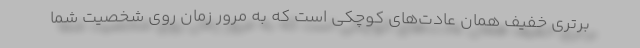
برتری خفیف همان عادت‌های کوچکی است که به مرور زمان روی شخصیت شما